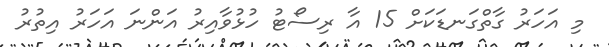
މި އަހަރު ގާތްގަނޑަކަށް 15 އާ ރިސޯޓު ހުޅުވާއިރު އަންނަ އަހަރު އިތުރު